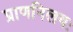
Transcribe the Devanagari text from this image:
प्राणनिलयः